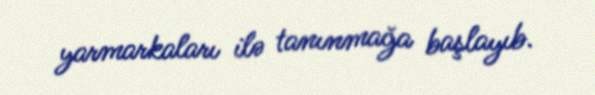
yarmarkaları ilə tanınmağa başlayıb.